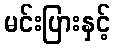
မင်းပြားနှင့်